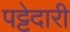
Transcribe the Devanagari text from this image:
पट्टेदारी